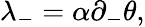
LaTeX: \lambda_{-}=\alpha\partial_{-}\theta,